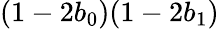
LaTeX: (1-2b_{0})(1-2b_{1})